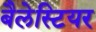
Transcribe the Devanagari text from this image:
बैलेस्टियर